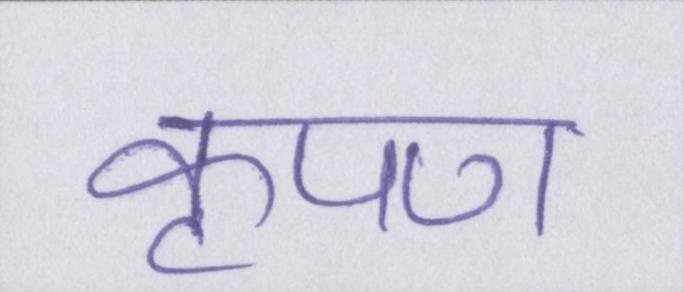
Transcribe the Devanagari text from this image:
कृपण